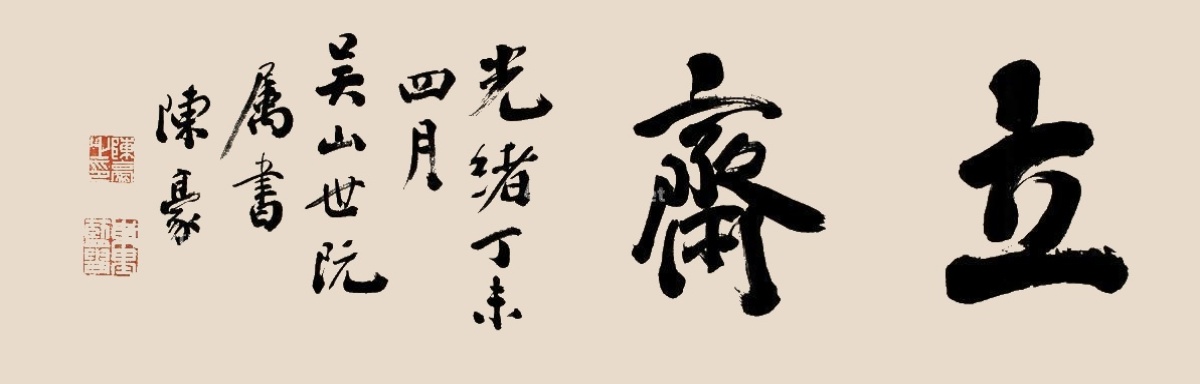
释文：立斋。光绪丁未四月，吴山世阮属书。陈豪。